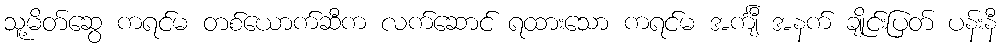
သူ့မိတ်ဆွေ ကရင်မ တစ်ယောက်ဆီက လက်ဆောင် ရထားသော ကရင်မ အင်္ကျီ အနက် ချိုင်းပြတ် ပန်းနီ